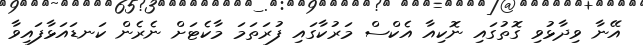
އޭނާ ވިދާޅުވި ގޮތުގައި ނޮކިއާ އެކްސް މަރުކާގައި ފުރަތަމަ މާކެޓަށް ނެރެން ކަނޑައަޅާފައިވާ